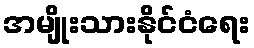
အမျိုးသားနိုင်ငံရေး